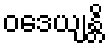
ဝဒေယျန္တိ